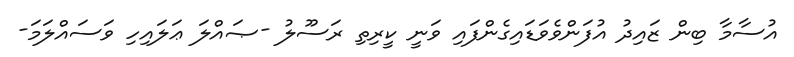
އުސާމާ ބިން ޒައިދު އުފަންވެވަޑައިގެންފައި ވަނީ ކީރިތި ރަސޫލު -ޞައްލަ ޢަލައިހި ވަސައްލަމަ-